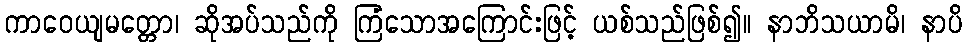
ကာဝေယျမတ္တော၊ ဆိုအပ်သည်ကို ကြံသောအကြောင်းဖြင့် ယစ်သည်ဖြစ်၍။ နာဘိသယာမိ၊ နာပိ